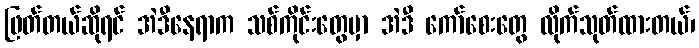
ဖြတ်တယ်ဆိုရင် အဲဒီနေရာက သစ်ကိုင်းတွေမှာ အဲဒီ ကော်စေးတွေ လိုက်သုတ်ထားတယ်၊